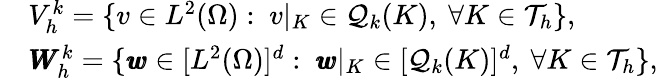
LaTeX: \begin{array}{rl}&{{V_{h}^{k}}=\{ v\in L^{2}(\Omega):\ v|_{K}\in{\mathcal{Q}_{k}(K)},\ \forall K\in\mathcal{T}_{h}\} ,}\\ &{\pmb{W}_{h}^{k}=\{ \pmb{w}\in[L^{2}(\Omega)]^{d}:\ \pmb{w}|_{K}\in[{\mathcal{Q}_{k}(K)}]^{d},\ \forall K\in\mathcal{T}_{h}\} ,}\end{array}